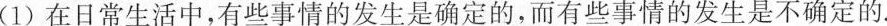
(1)在日常生活中，有些事情的发生是确定的，而有些事情的发生是不确定的。